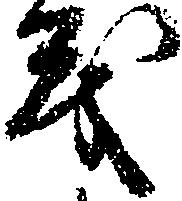
義